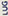
LUG